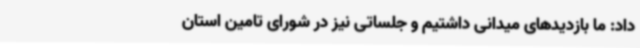
داد: ما بازدیدهای میدانی داشتیم و جلساتی نیز در شورای تامین استان